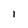
Character: 1